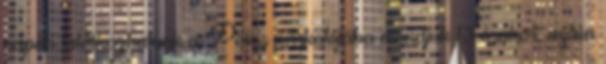
napon találkozhatunk a Pólus parkolójába mondjuk 13 órakor, aztán